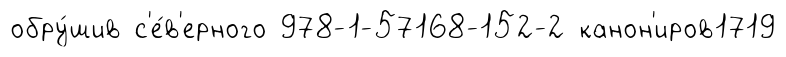
обру́шив с'е́в'ерного 978-1-57168-152-2 канон'иров1719